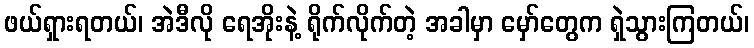
ဖယ်ရှားရတယ်၊ အဲဒီလို ရေအိုးနဲ့ ရိုက်လိုက်တဲ့ အခါမှာ မှော်တွေက ရှဲသွားကြတယ်၊